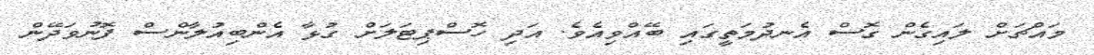
މައްޗަށް ލައިގެން ގޮސް އެނދުމަތީގައި ބޭއްވިއެވެ. އަދި ހޮސްޕިޓަލަށް ގުޅާ އެންބިއުލާންސް ފޮނުވަދޭން